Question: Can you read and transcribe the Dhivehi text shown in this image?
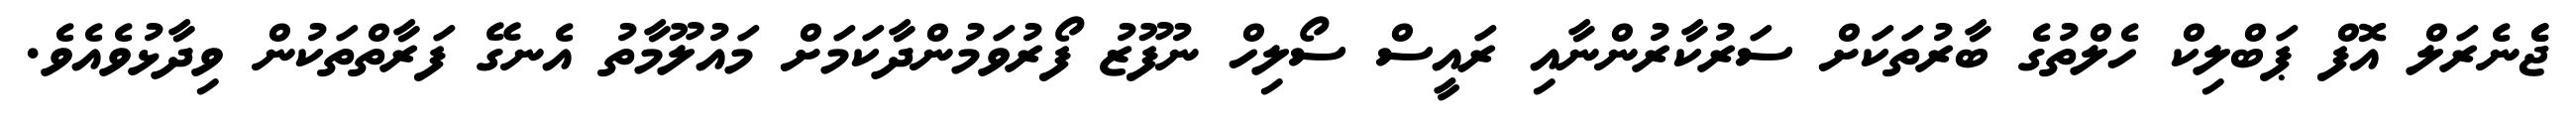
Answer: ޖެެނެރަލް އޮފް ޕަބްލިކް ހެލްތުގެ ބާރުތަކަށް ސަރުކާރުންނާއި ރައީސް ސޯލިހް ނުފޫޒު ފޯރުވަމުންދާކަމަށް މައުލޫމާތު އެނގޭ ފަރާތްތަކުން ވިދާޅުވެއެވެ.